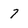
Character: 7